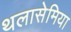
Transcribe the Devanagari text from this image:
थलासेमिया